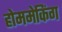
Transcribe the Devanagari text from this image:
होममेकिंग